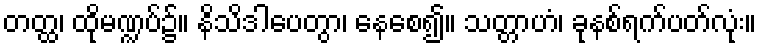
တတ္ထ၊ ထိုမဏ္ဍပ်၌။ နိသိဒါပေတွာ၊ နေစေ၍။ သတ္တာဟံ၊ ခုနစ်ရက်ပတ်လုံး။